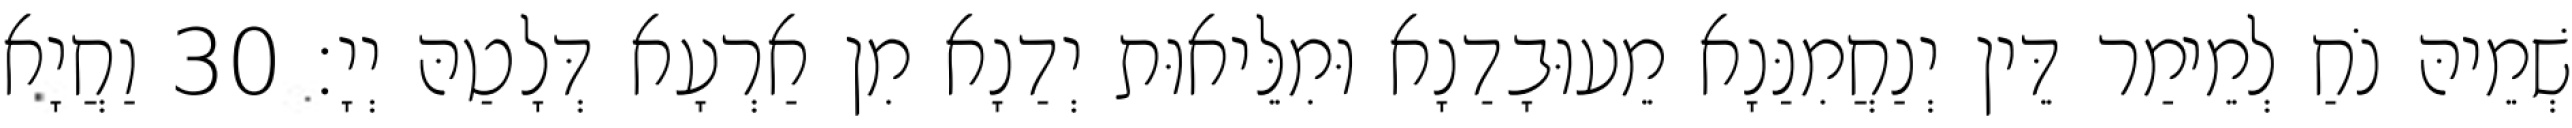
שְׁמֵיהּ נֹחַ לְמֵימַר דֵּין יְנַחֲמִנַּנָא מֵעוּבָדַנָא וּמִלֵּיאוּת יְדַנָא מִן אַרְעָא דְּלָטַהּ יְיָ׃ 30 וַחֲיָא